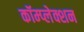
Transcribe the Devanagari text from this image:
कॉम्प्लेक्शन